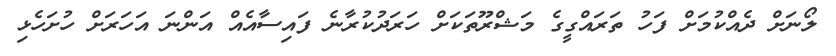
ލޯނަށް ދެއްކުމަށް ފަހު ތަރައްގީގެ މަޝްރޫތަކަށް ހަރަދުކުރާނެ ފައިސާއެއް އަންނަ އަހަރަށް ހުށަހެޅި